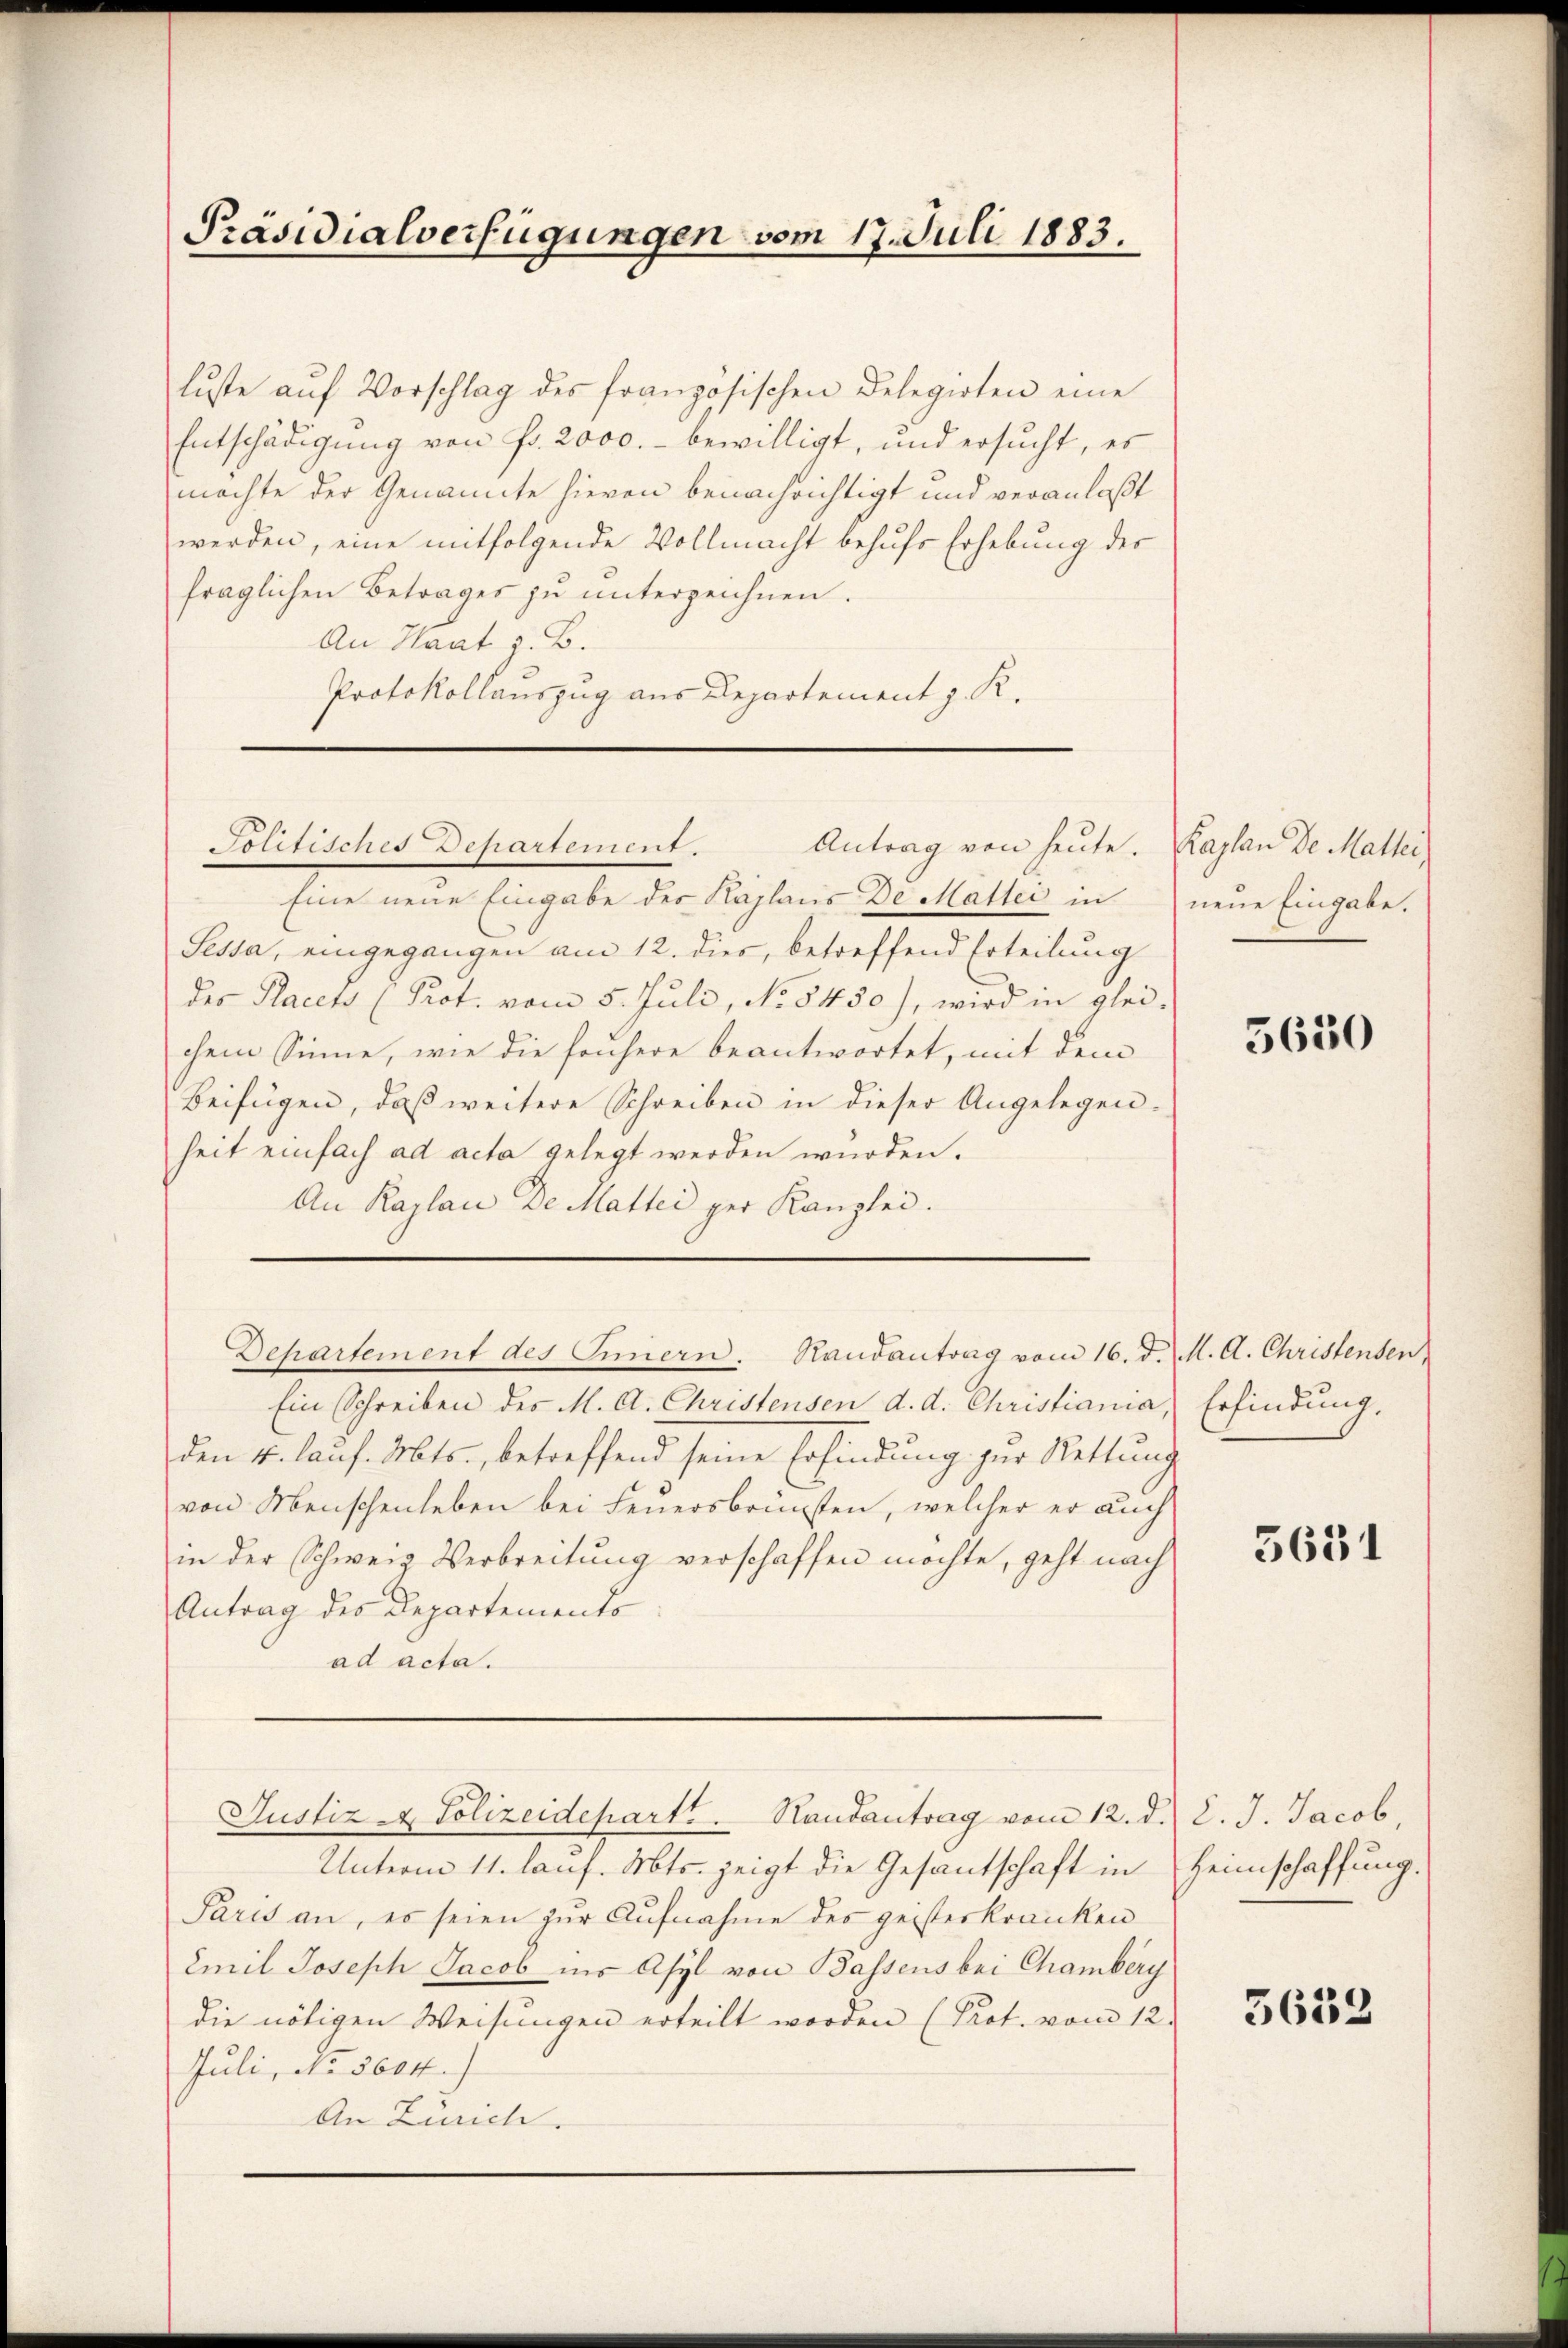
Präsidialverfügungen vom 17. Juli 1883.

luste auf Vorschlag des französischen Delegirten eine
Entschädigung von fr. 2000.- bewilligt, und ersucht, es
möchte der Genannte hievon benachrichtigt und veranlaßt
werden, eine mitfolgende Vollmacht behufs Erhebung des
fraglichen Betrages zu unterzeichnen.
An Haat i. B.
Protokollauszug aus Departement z. K.
Eine neue Eingabe des Kaplans De Malter in neue Eingabe.
Sessa, eingegangen am 12. dies, betreffend Erteilung
des Placets (Prot. vom 5. Juli, No 8450), wird in glei-
chem Sinne, wie die frühere beantwortet, mit dem
Beifügen, daß weitere Schreiben in dieser Angelegen-
heit einfach ad acta gelegt werden würden.
An Kaplan De Mattei per Kanzlei.
Departement des Eimern. Randantrag vom 16. d. M. A. Christensen
Ein Schreiben des M. A. Christensen d. d. Christiania, Erfindung,
den 4. lauf. Mts., betreffend seine Erfindung zur Rettung
von Menschenleben bei Feuersbrünsten, welcher er auch
in der Schweiz Verbreitung verschaffen möchte, geht nach
Antrag des Departements
ad acta.
Justiz & Polizeidepartt. Handantrag vom 12. d.
Unterm 11. lauf. Mts. zeigt die Gesantschaft in Heimschaffung.
Paris an, es seien zur Aufnahme des geisterkranken
Emil Joseph Jacob ins Asyl von Bassens bei Chamberg
die nötigen Weisungen erteilt worden (Prot. vom 12.
Juli, No 5604.)
An Zürich.

Politisches Departement.
Antrag von heute. Kaplan de Mallei

5630

5631

d. J. Jacob

5639